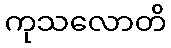
ကုသလောတိ